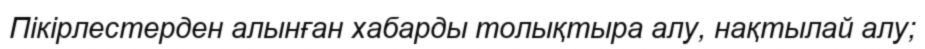
Пікірлестерден алынған хабарды толықтыра алу, нақтылай алу;